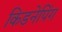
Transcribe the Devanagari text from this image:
किडनेपिंग